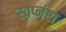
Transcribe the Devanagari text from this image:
स्वप्नंष्टा